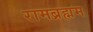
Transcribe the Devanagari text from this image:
रामब्रह्मम